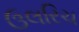
ઉલરિચ